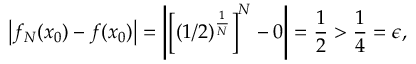
\left| f _ { N } ( x _ { 0 } ) - f ( x _ { 0 } ) \right| = \left| \left[ ( 1 / 2 ) ^ { \frac { 1 } { N } } \right] ^ { N } - 0 \right| = { \frac { 1 } { 2 } } > { \frac { 1 } { 4 } } = \epsilon ,